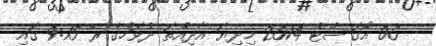
- 06 އޯގަސްޓް 2014 މިދިޔަ އާދިއްތަ ދުވަހުގެ ރޭ 9:15 ގައި